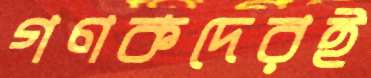
গণকদেরই